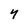
Character: 4